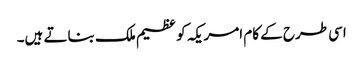
اسی طرح کے کام امریکہ کو عظیم ملک بناتے ہیں۔